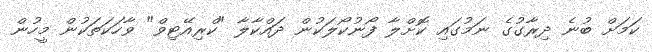
ކަމަށް ބުނެ ދިރާގުގެ ނަމުގައި ކޮށްލާ ފޯނުކޯލަކުން ދައްކާލާ "ކްރިއޭޓިވް" ވާހަކަތަކުން މީހުން